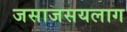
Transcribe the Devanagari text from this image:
जसाजसयलाग